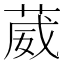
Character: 葳